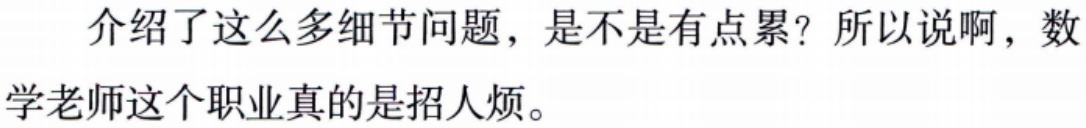
介绍了这么多细节问题，是不是有点累？所以说啊，数学老师这个职业真的是招人烦。